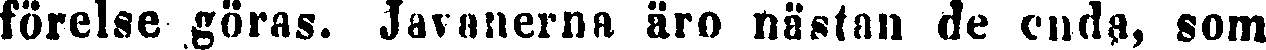
förelse göras. Javanerna äro nästan de enda, som